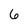
Character: 6